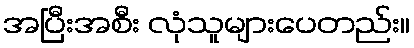
အပြီးအစီး လုံသူများပေတည်း။